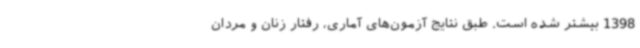
1398 بیشتر شده است. طبق نتایج آزمون‌های آماری، رفتار زنان و مردان